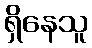
ရှိနေသူ